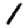
Digit: 1